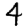
Digit: 4